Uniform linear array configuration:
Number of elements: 32
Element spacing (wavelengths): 0.75
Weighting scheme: binomial
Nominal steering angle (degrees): -15
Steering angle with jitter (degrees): -16.779
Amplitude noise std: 0.05
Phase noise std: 0.05

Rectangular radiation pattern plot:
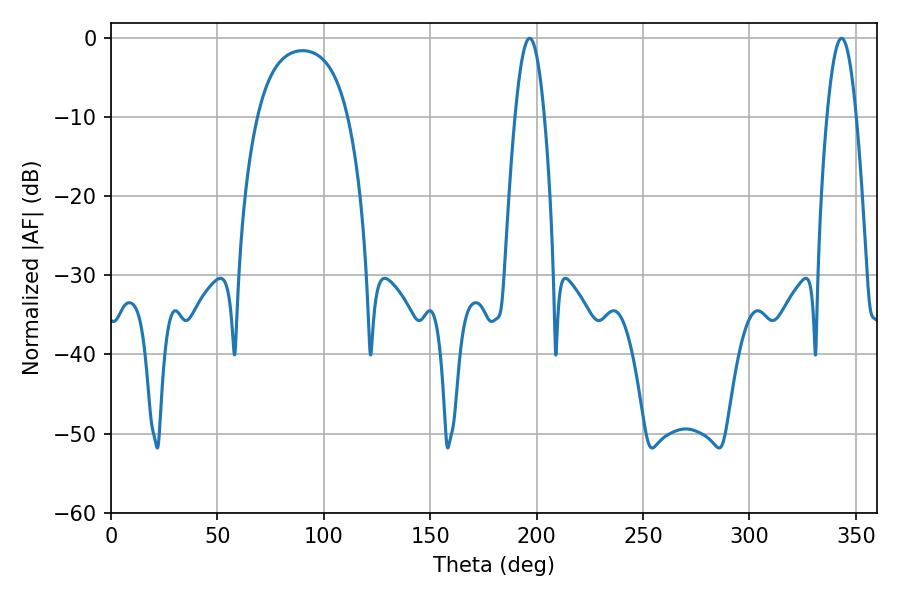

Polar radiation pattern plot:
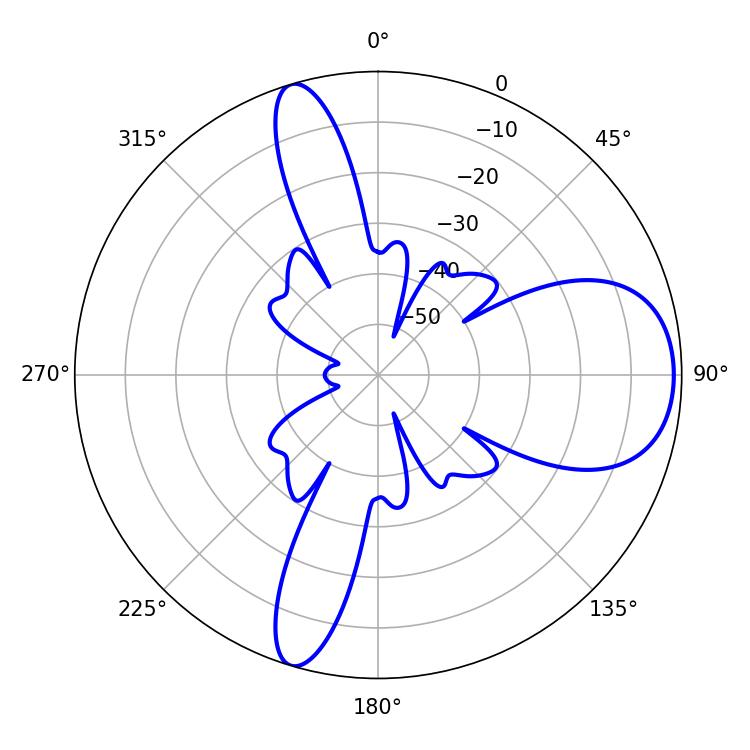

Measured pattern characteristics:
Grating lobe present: TRUE
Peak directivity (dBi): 8.756
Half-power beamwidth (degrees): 7.56
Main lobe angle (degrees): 196.74